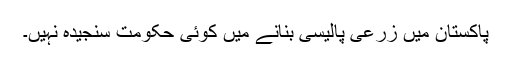
پاکستان میں زرعی پالیسی بنانے میں کوئی حکومت سنجیدہ نہیں۔